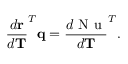
\frac { d \mathbf { r } } { d \mathbf { T } } ^ { T } \mathbf { q } = \frac { d \mathrm { ~ N ~ u ~ } } { d \mathbf { T } } ^ { T } .